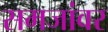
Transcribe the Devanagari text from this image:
समजांवर